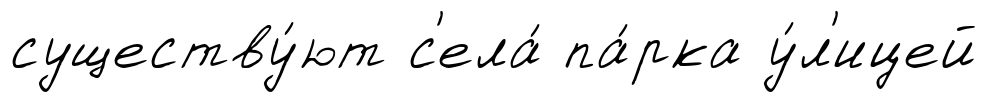
существу́ют с'ела́ па́рка у́л'ицей